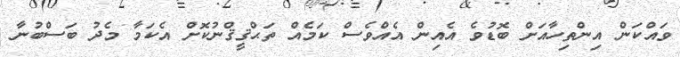
ވައްކަން އިންތިހާއަށް ބޮޑުވެ އެއިން އެއްވެސް ކަމެއް ތަޙްޤީޤްނުކޮށް އެކަމާ މެދު ބަސްބުނާ